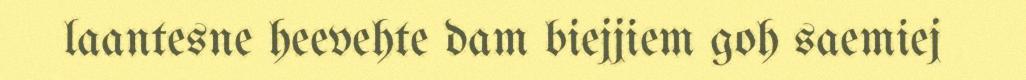
laantesne heevehte dam biejjiem goh saemiej